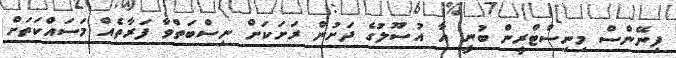
ފިނޭންސް މިނިސްޓްރީން ބުނީ އާ އުސޫލުގެ ދަށުން ރަށަކަށް ނިސްބަތްވާ ފަރާތެއް މަސައްކަތަށް